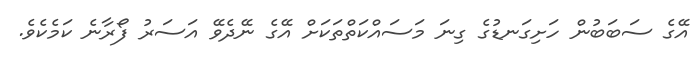
އޭގެ ސަބަބުން ހަށިގަނޑުގެ ގިނަ މަސައްކަތްތަކަށް އޭގެ ނޭދެވޭ އަސަރު ފޯރާނެ ކަމެކެވެ.